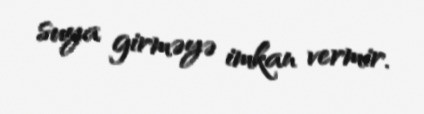
suya girməyə imkan vermir.